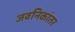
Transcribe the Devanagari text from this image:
जवनिकांतर